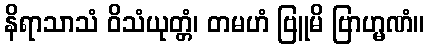
နိရာသာသံ ဝိသံယုတ္တံ၊ တမဟံ ဗြူမိ ဗြာဟ္မဏံ။